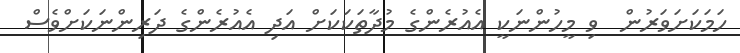
ހަމަކަށަވަރުން  ވި މީހުންނަކީ އެއުރެންގެ މުދާތަކަކަށް އަދި އެއުރެންގެ ދަރިންނަކަށްވެސް